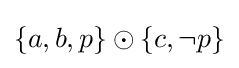
\left\{a,b,p\right\}\odot \left\{c,\neg p\right\}